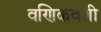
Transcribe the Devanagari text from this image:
वणिकवंशी